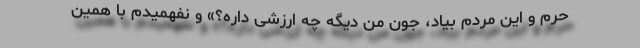
حرم و این مردم بیاد، جون من دیگه چه ارزشی داره؟» و نفهمیدم با همین